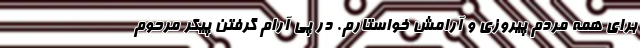
برای همه مردم پیروزی و آرامش خواستارم. در پی آرام گرفتن پیکر مرحوم